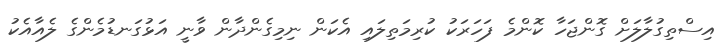
އިސްތިގުލާލަށް ގޮންޖަހާ ކޮންމެ ފަހަރަކު ކުރިމަތިލައި އެކަން ނިމިގެންދާން ވާނީ އަޅުގަނޑުމެންގެ ލެއާއެކު